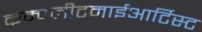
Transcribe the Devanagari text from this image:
कम्पलीटमाईआर्टिस्ट